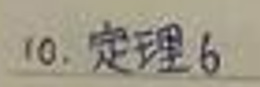
10. 定理6